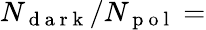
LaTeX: N_{\mathrm{~d~a~r~k~}}/N_{\mathrm{~p~o~l~}}=